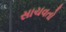
સાચવતો